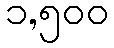
၁,၅၀၀